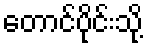
တောင်ပိုင်းသို့